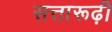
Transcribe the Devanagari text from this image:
सत्तारूढ़ी